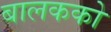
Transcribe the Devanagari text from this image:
बालकको